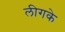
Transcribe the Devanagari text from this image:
लीगके